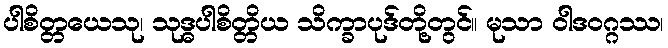
ပါစိတ္တယေသု၊ သုဒ္ဓပါစိတ္တိယ သိက္ခာပုဒ်တို့တွင်။ မုသာ ဝါဒဝဂ္ဂဿ၊